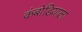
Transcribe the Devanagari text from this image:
कंबोडियाला